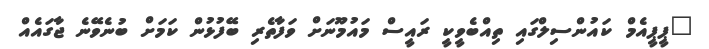
"ޕީޕީއެމް ކައުންސިލްގައި ތިއްބެވީކީ ރައީސް މައުމޫނަށް ވަފާތެރި ބޭފުޅުން ކަމަށް ބުނެވޭނެ ޖާގައެއް